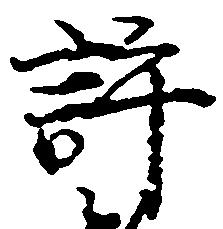
許